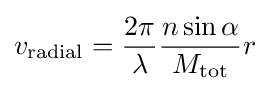
v_{\mathrm {radial} }={\frac {2\pi }{\lambda }}{\frac {n\sin \alpha }{M_{\mathrm {tot} }}}r